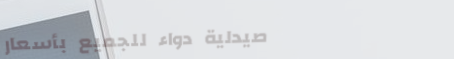
صيدلية دواء للجميع بأسعار